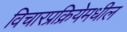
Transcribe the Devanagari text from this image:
विचारप्रक्रियेमधील